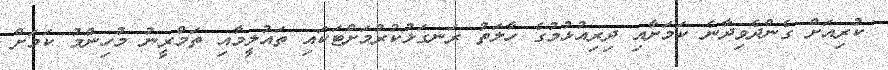
ކުރިއަށް ގެންދެވިދާނެ ކަމަށާއި ދިރިއުޅުމުގެ ހާލަތު ރަނގަޅުކުރުމަށްޓަކައި ތައުލީމާއި ތަމްރީނު މުހިންމު ކަމަށް